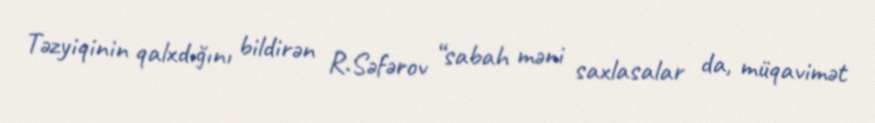
Təzyiqinin qalxdığını bildirən R.Səfərov “sabah məni saxlasalar da, müqavimət